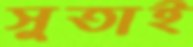
সুতাই